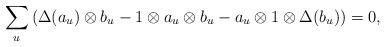
LaTeX: \begin{align*} \sum_u \left(\Delta (a_u)\otimes b_u - 1\otimes a_u \otimes b_u- a_u \otimes 1 \otimes \Delta(b_u) \right) =0, \end{align*}